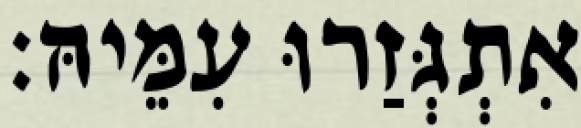
אִתְגְּזַרוּ עִמֵּיהּ׃